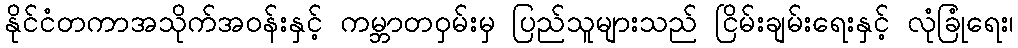
နိုင်ငံတကာအသိုက်အဝန်းနှင့် ကမ္ဘာတဝှမ်းမှ ပြည်သူများသည် ငြိမ်းချမ်းရေးနှင့် လုံခြုံရေး၊